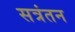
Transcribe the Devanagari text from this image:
सत्रंतन